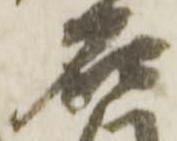
石